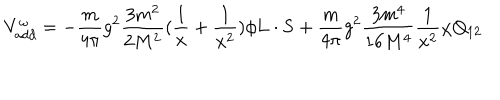
LaTeX: V _ { a d d } ^ { \omega } = - \frac { m } { 4 \pi } g ^ { 2 } \frac { 3 m ^ { 2 } } { 2 M ^ { 2 } } ( \frac { 1 } { x } + \frac { 1 } { x ^ { 2 } } ) \phi { \bf L } \cdot { \bf S } + \frac { m } { 4 \pi } g ^ { 2 } \frac { 3 m ^ { 4 } } { 1 6 M ^ { 4 } } \frac { 1 } { x ^ { 2 } } \chi Q _ { 1 2 }